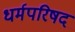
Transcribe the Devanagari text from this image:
धर्मपरिषद